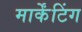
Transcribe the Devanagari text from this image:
मार्केंटिंग